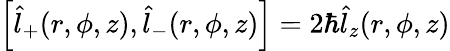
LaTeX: \begin{array}{r}{\left[\hat{l}_{+}(r,\phi,z),\hat{l}_{-}(r,\phi,z)\right]=2\hbar\hat{l}_{z}(r,\phi,z)}\end{array}